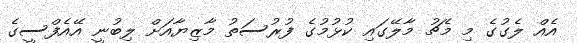
އެއް ލެގުގެ މި މެޗު މާލޭގައި ކުޅުމުގެ ފުރުސަތު މާޒިޔާއަށް ލިބުނީ އޭއެފްސީގެ